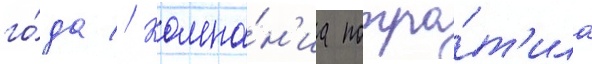
го́да // Компа́н'иа потра́т'ила